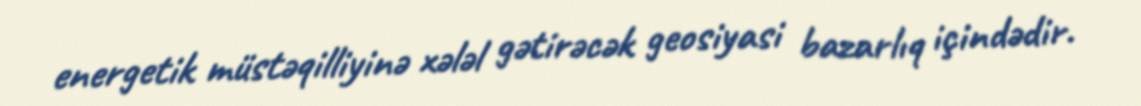
energetik müstəqilliyinə xələl gətirəcək geosiyasi bazarlıq içindədir.